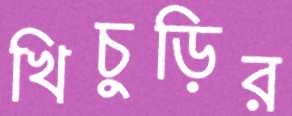
খিচুড়ির